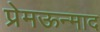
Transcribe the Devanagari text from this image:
प्रेमऊन्माद